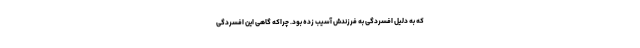
که به دلیل افسردگی به فرزندش آسیب زده بود. چراکه گاهی این افسردگی